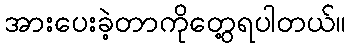
အားပေးခဲ့တာကိုတွေ့ရပါတယ်။